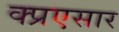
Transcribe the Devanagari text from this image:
क्प्रएसार